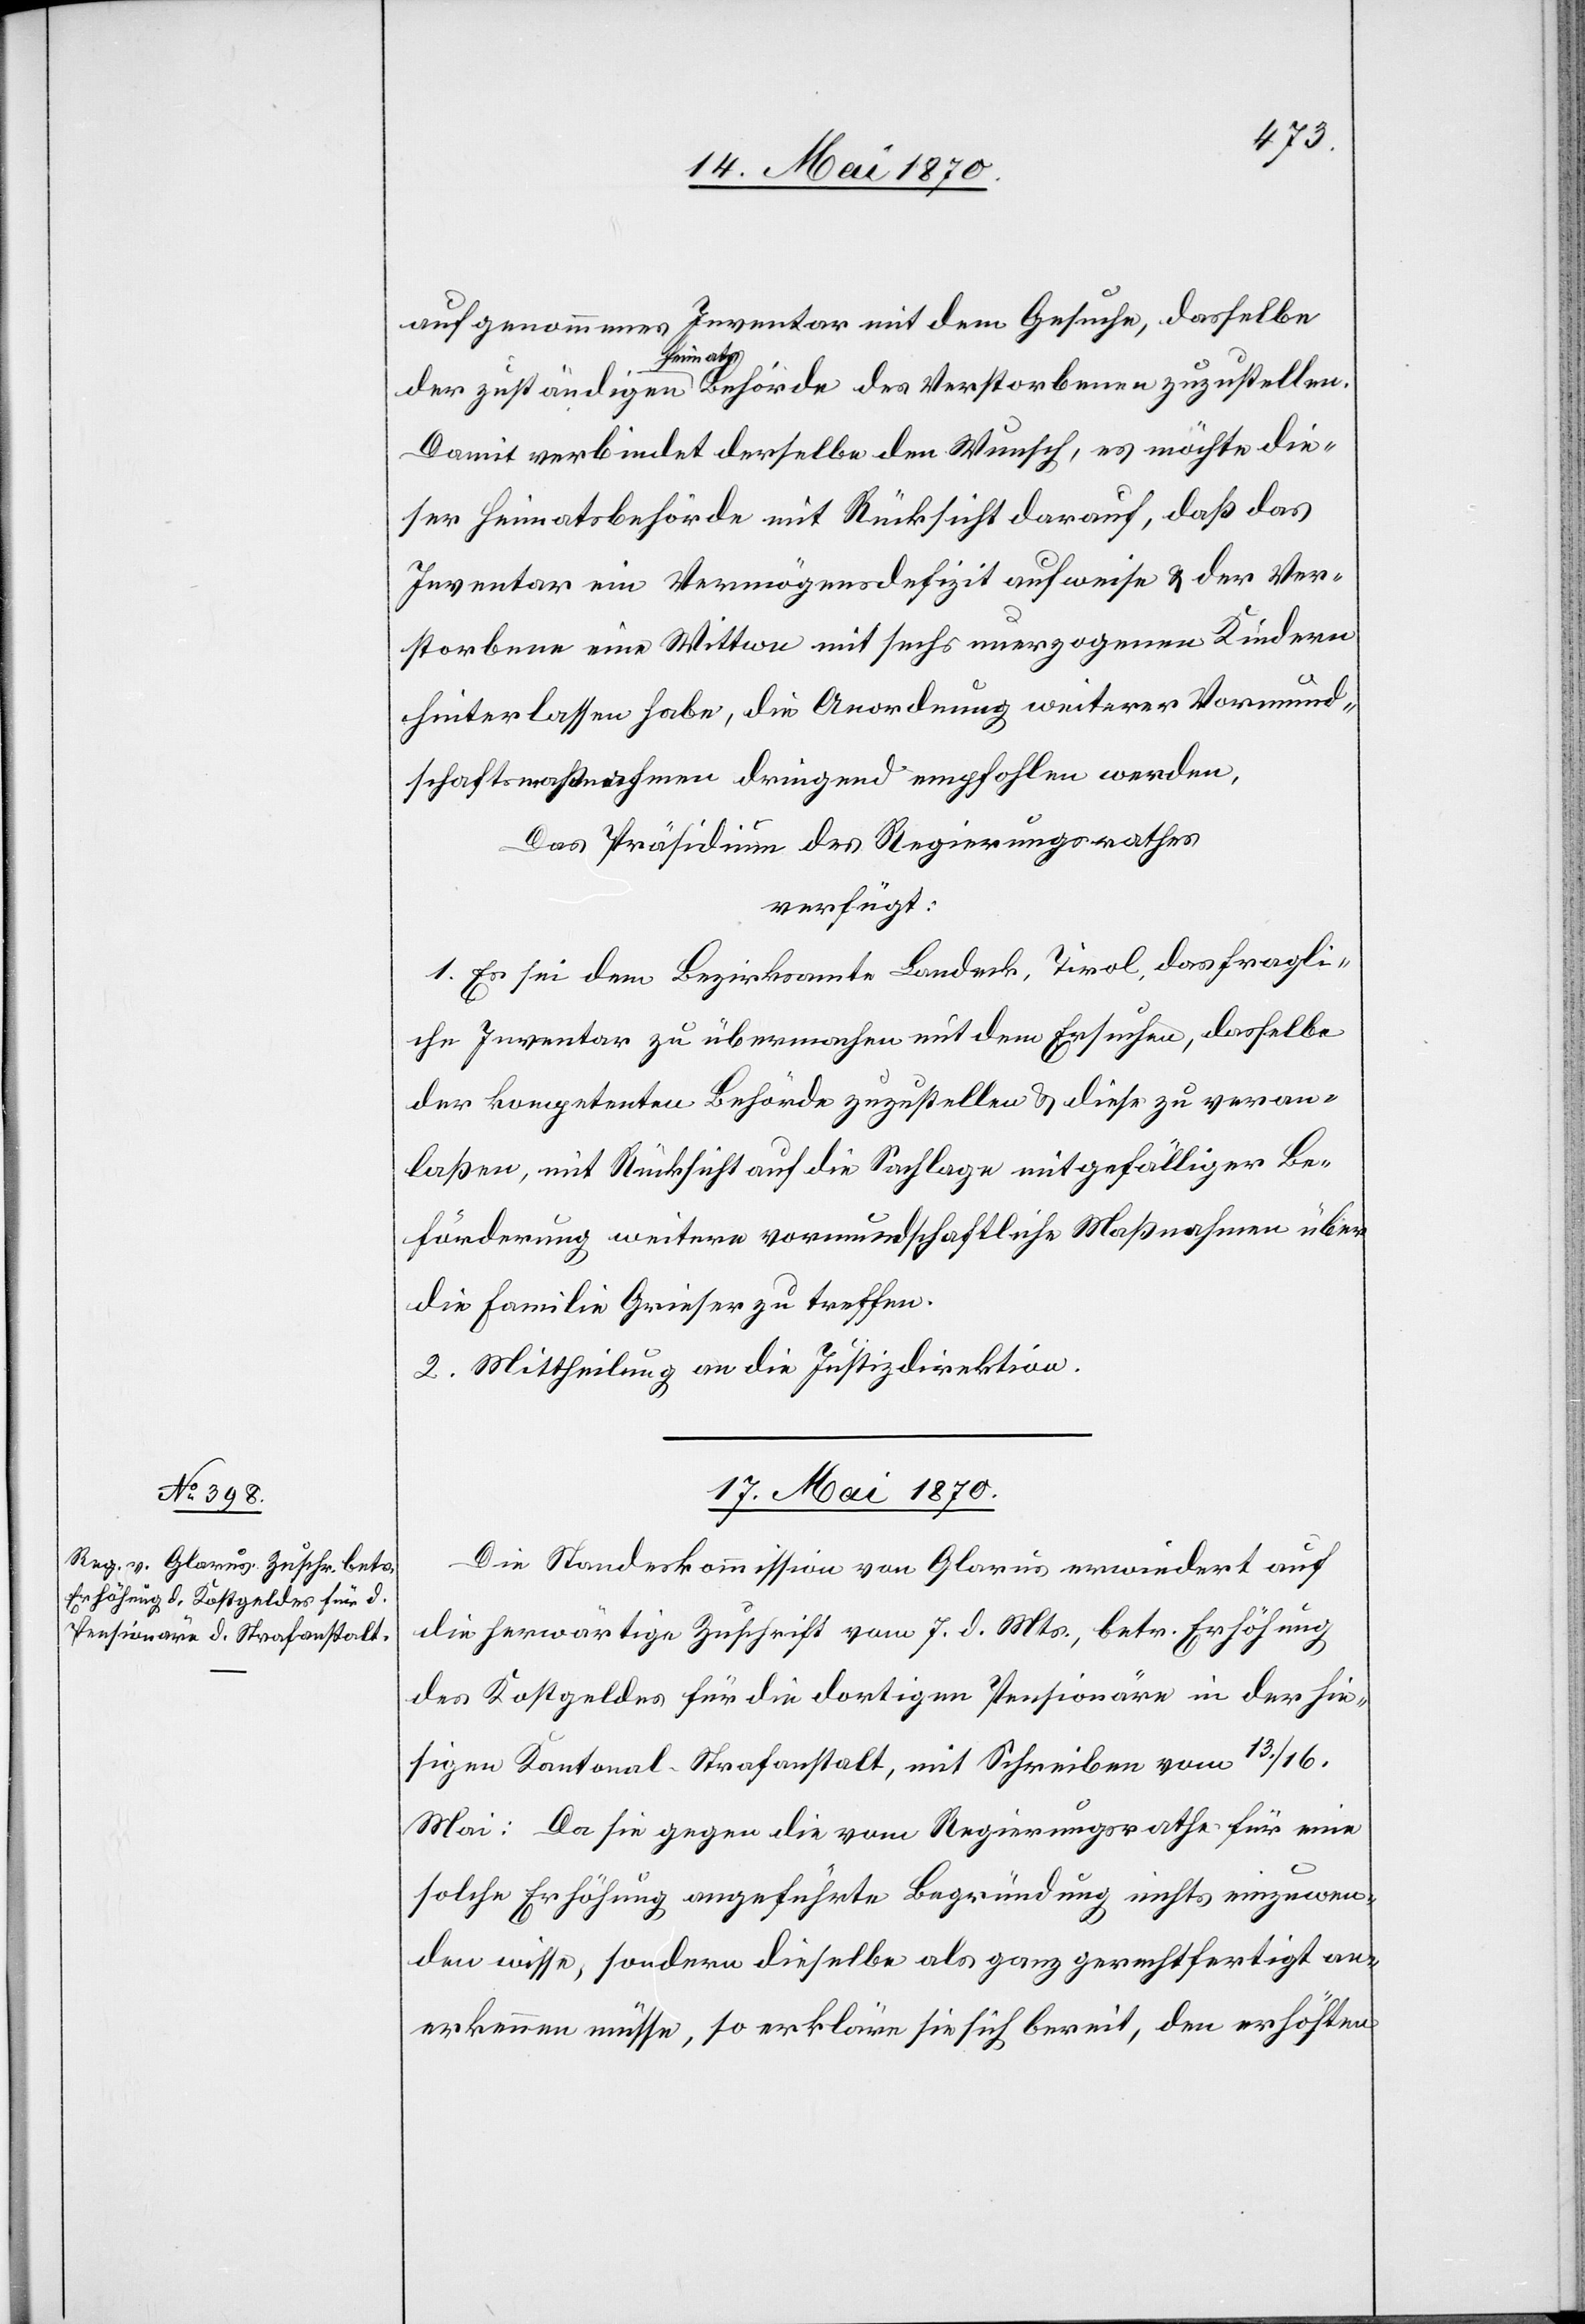
aufgenommenes Inventar mit dem Gesuche, dasselbe
Damit verbindet derselbe den Wunsch, es möchte die¬
ser Heimatsbehörde mit Rücksicht darauf, daß das
Inventar ein Vermögensdefizit aufweise & der Ver¬
storbene eine Wittwe mit sechs unerzogenen Kindern
hinterlassen habe, die Anordnung weiterer Vormund¬
schaftsmaßnahmen dringend empfohlen werden,
Das Präsidium des Regierungsrathes
verfügt:
1. Es sei dem Bezirksamte Landeck, Tirol, das fragli¬
che Inventar zu übermachen mit dem Ersuchen, dasselbe
der kompetenten Behörde zuzustellen & diese zu veran¬
laßen, mit Rücksicht auf die Sachlage mit gefälliger Be¬
förderung weitere vormundschaftliche Maßnahme über
die Familie Grieser zu treffen.
2. Mittheilung an die Justizdirektion.
17. Mai 1870.
Die Standeskommission von Glarus erwiedert auf
die herwärtige Zuschrift vom 7. d. Mts., betr. Erhöhung
des Kostgeldes für die dortigen Pensionäre in der hie¬
sigen Kantonal-Strafanstalt, mit Schreiben vom 13./16.
Mai: Da sie gegen die vom Regierungsrathe für eine
solche Erhöhung angeführte Begründung nichts einzuwen¬
den wisse, sondern dieselbe als ganz gerechtfertigt an¬
erkennen müsse, so erkläre sie sich bereit, den erhöhten